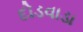
દોડવાડા